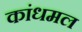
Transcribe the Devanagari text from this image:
कांधमल